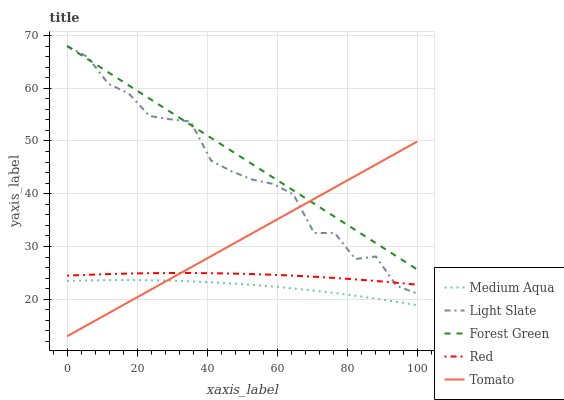
| xaxis_label | Medium Aqua | Light Slate | Forest Green | Red | Tomato |
 | --- | --- | --- | --- | --- | --- |
 | 0 | 23.5 | 68 | 68 | 24.5 | 13 |
 | 5.88 | 23.6 | 65.9 | 65.5 | 24.6 | 15.2 |
 | 11.8 | 23.6 | 60.9 | 63 | 24.8 | 17.3 |
 | 17.6 | 23.7 | 59 | 60.5 | 24.9 | 19.5 |
 | 23.5 | 23.6 | 54.7 | 58 | 24.9 | 21.7 |
 | 29.4 | 23.5 | 54.1 | 55.6 | 25 | 23.8 |
 | 35.3 | 23.4 | 53.7 | 53.1 | 25 | 26 |
 | 41.2 | 23.2 | 46.3 | 50.6 | 24.9 | 28.2 |
 | 47.1 | 23 | 44.2 | 48.1 | 24.9 | 30.4 |
 | 52.9 | 22.7 | 42.7 | 45.6 | 24.8 | 32.5 |
 | 58.8 | 22.4 | 41.9 | 43.1 | 24.6 | 34.7 |
 | 64.7 | 22.1 | 39.9 | 40.6 | 24.5 | 36.9 |
 | 70.6 | 21.6 | 32.6 | 38.1 | 24.3 | 39 |
 | 76.5 | 21.2 | 32.6 | 35.6 | 24 | 41.2 |
 | 82.4 | 20.7 | 27.6 | 33.1 | 23.8 | 43.4 |
 | 88.2 | 20.1 | 28.1 | 30.7 | 23.5 | 45.5 |
 | 94.1 | 19.5 | 22.6 | 28.2 | 23.1 | 47.7 |
 | 100 | 18.9 | 21.1 | 25.7 | 22.8 | 49.9 |